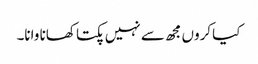
کیا کروں مجھ سے نہیں پکتا کھانا وانا۔